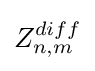
Z_{n,m}^{diff}